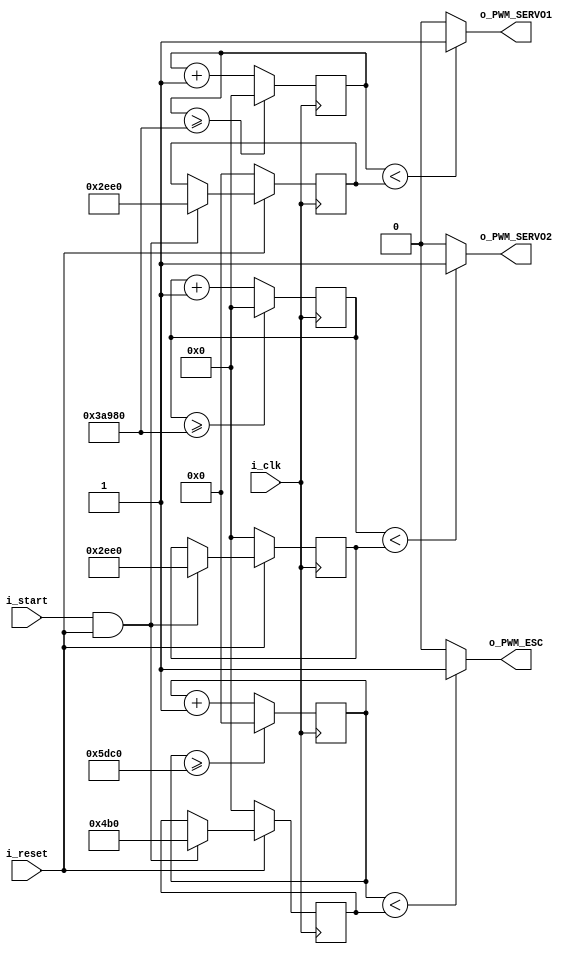
module PWM_Generator_POWERTEST (
    input  i_clk, // 12MHz clock input 
    input  i_start, //button for start power test
    input  i_reset,
    output o_PWM_ESC, 
    output o_PWM_SERVO1, 
    output o_PWM_SERVO2
);

// module body 
//
    wire slow_clk_enable; // slow clock enable signal for debouncing FFs
    reg[27:0] counter_debounce=0;// counter for creating slow clock enable signals 
    wire tmp1,tmp2,duty_inc;// temporary flip-flop signals for debouncing the increasing button
    wire tmp3,tmp4,duty_dec;// temporary flip-flop signals for debouncing the decreasing button
//  counters for PWM output
    reg [18:0] counter_PWM_ESC; 
    reg [16:0] counter_PWM_SERVO1;
    reg [16:0] counter_PWM_SERVO2;


   //testing this change, will it set to 50% immediately?
   // reg[18:0] duty_cycle_Servo1 = 0;
   // reg[18:0] duty_cycle_Servo2 = 0;

   // normal values from working example
    reg[18:0] duty_cycle_Servo1 = 60000; 
    reg[16:0] duty_cycle_Servo2 = 60000; 
    reg[16:0] duty_cycle_ESC    = 6000; 


  // Debouncing 2 buttons for inc/dec duty cycle 
  // Firstly generate slow clock enable for debouncing flip-flop (4Hz)
 always @(posedge i_clk)
 begin
   counter_debounce <= counter_debounce + 1;
  
   //if(counter_debounce>=25000000) then  
   // for running on FPGA -- comment when running simulation

   if(counter_debounce>=1) 
   // for running simulation -- comment when running on FPGA
    counter_debounce <= 0;
 end
 // assign slow_clk_enable = counter_debounce == 25000000 ?1:0;
 // for running on FPGA -- comment when running simulation 

 assign slow_clk_enable = counter_debounce == 1 ? 1:0;


 // debouncing FFs for start  button  
 DFF_PWM PWM_DFF1(i_clk,slow_clk_enable,i_start,tmp1);
 DFF_PWM PWM_DFF2(i_clk,slow_clk_enable,tmp1, tmp2); 

 assign duty_inc =  tmp1 & (~ tmp2) & slow_clk_enable;



 // block  for on-off behavior
 always @(posedge i_clk) 
 begin
     if(i_reset == 0) begin
         duty_cycle_Servo1 <= 0; 
         duty_cycle_Servo2 <= 0;
         duty_cycle_ESC    <= 0;
     end
 // if button pressed
     else if (i_start == 1 && i_reset == 1) begin
         //set duty cycle to 50%
         //does the servo continuously move ? or do I have to send differing
         //signals? 
       //  duty_cycle_Servo1 <= duty_cycle_Servo1 + 12000; 
      //   duty_cycle_Servo2 <= duty_cycle_Servo1 + 12000;
       //  duty_cycle_ESC    <= duty_cycle_ESC    + 1200; 

	 duty_cycle_Servo1 <= 12000; 
         duty_cycle_Servo2 <= 12000;
         duty_cycle_ESC    <= 1200; 
     end   
 end         



 always @(posedge i_clk)
 begin 
   counter_PWM_SERVO1 <= counter_PWM_SERVO1 + 1; 
   if(counter_PWM_SERVO1 >= 240000)
       counter_PWM_SERVO1 <= 0; 
 end 
 assign o_PWM_SERVO1 = counter_PWM_SERVO1 < duty_cycle_Servo1 ? 1:0;
   
 always @(posedge i_clk)
 begin 
   counter_PWM_SERVO2 <= counter_PWM_SERVO2 + 1; 
   if(counter_PWM_SERVO2 >= 240000)
       counter_PWM_SERVO2 <= 0; 
 end 
 assign o_PWM_SERVO2 = counter_PWM_SERVO2 < duty_cycle_Servo2 ? 1:0;
 

 always @(posedge i_clk)
 begin
   counter_PWM_ESC <= counter_PWM_ESC + 1;
   if(counter_PWM_ESC>=24000) 
    counter_PWM_ESC <= 0;
 end
 assign o_PWM_ESC = counter_PWM_ESC < duty_cycle_ESC ? 1:0;
endmodule

module DFF_PWM(clk,en,D,Q);
input clk,en,D;
output reg Q;
always @(posedge clk)
begin 
 if(en==1) // slow clock enable signal 
  Q <= D;
end 
endmodule